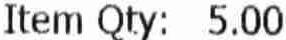
ITEM QTY: 5.00